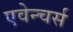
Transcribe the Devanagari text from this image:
एवेन्चर्स